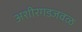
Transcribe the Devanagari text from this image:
अशीरगडजवळ